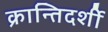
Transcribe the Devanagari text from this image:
क्रान्तिदर्शी